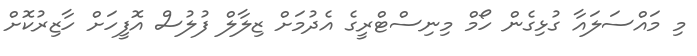
މި މައްސަލައާ ގުޅިގެން ހޯމް މިނިސްޓްރީގެ އެދުމަށް ޒިލާލް ފުލުސް އޮފީހަށް ހާޒިރުކޮށް